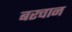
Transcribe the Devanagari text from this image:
बरचान